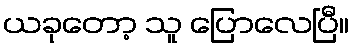
ယခုတော့ သူ ပြောလေပြီ။